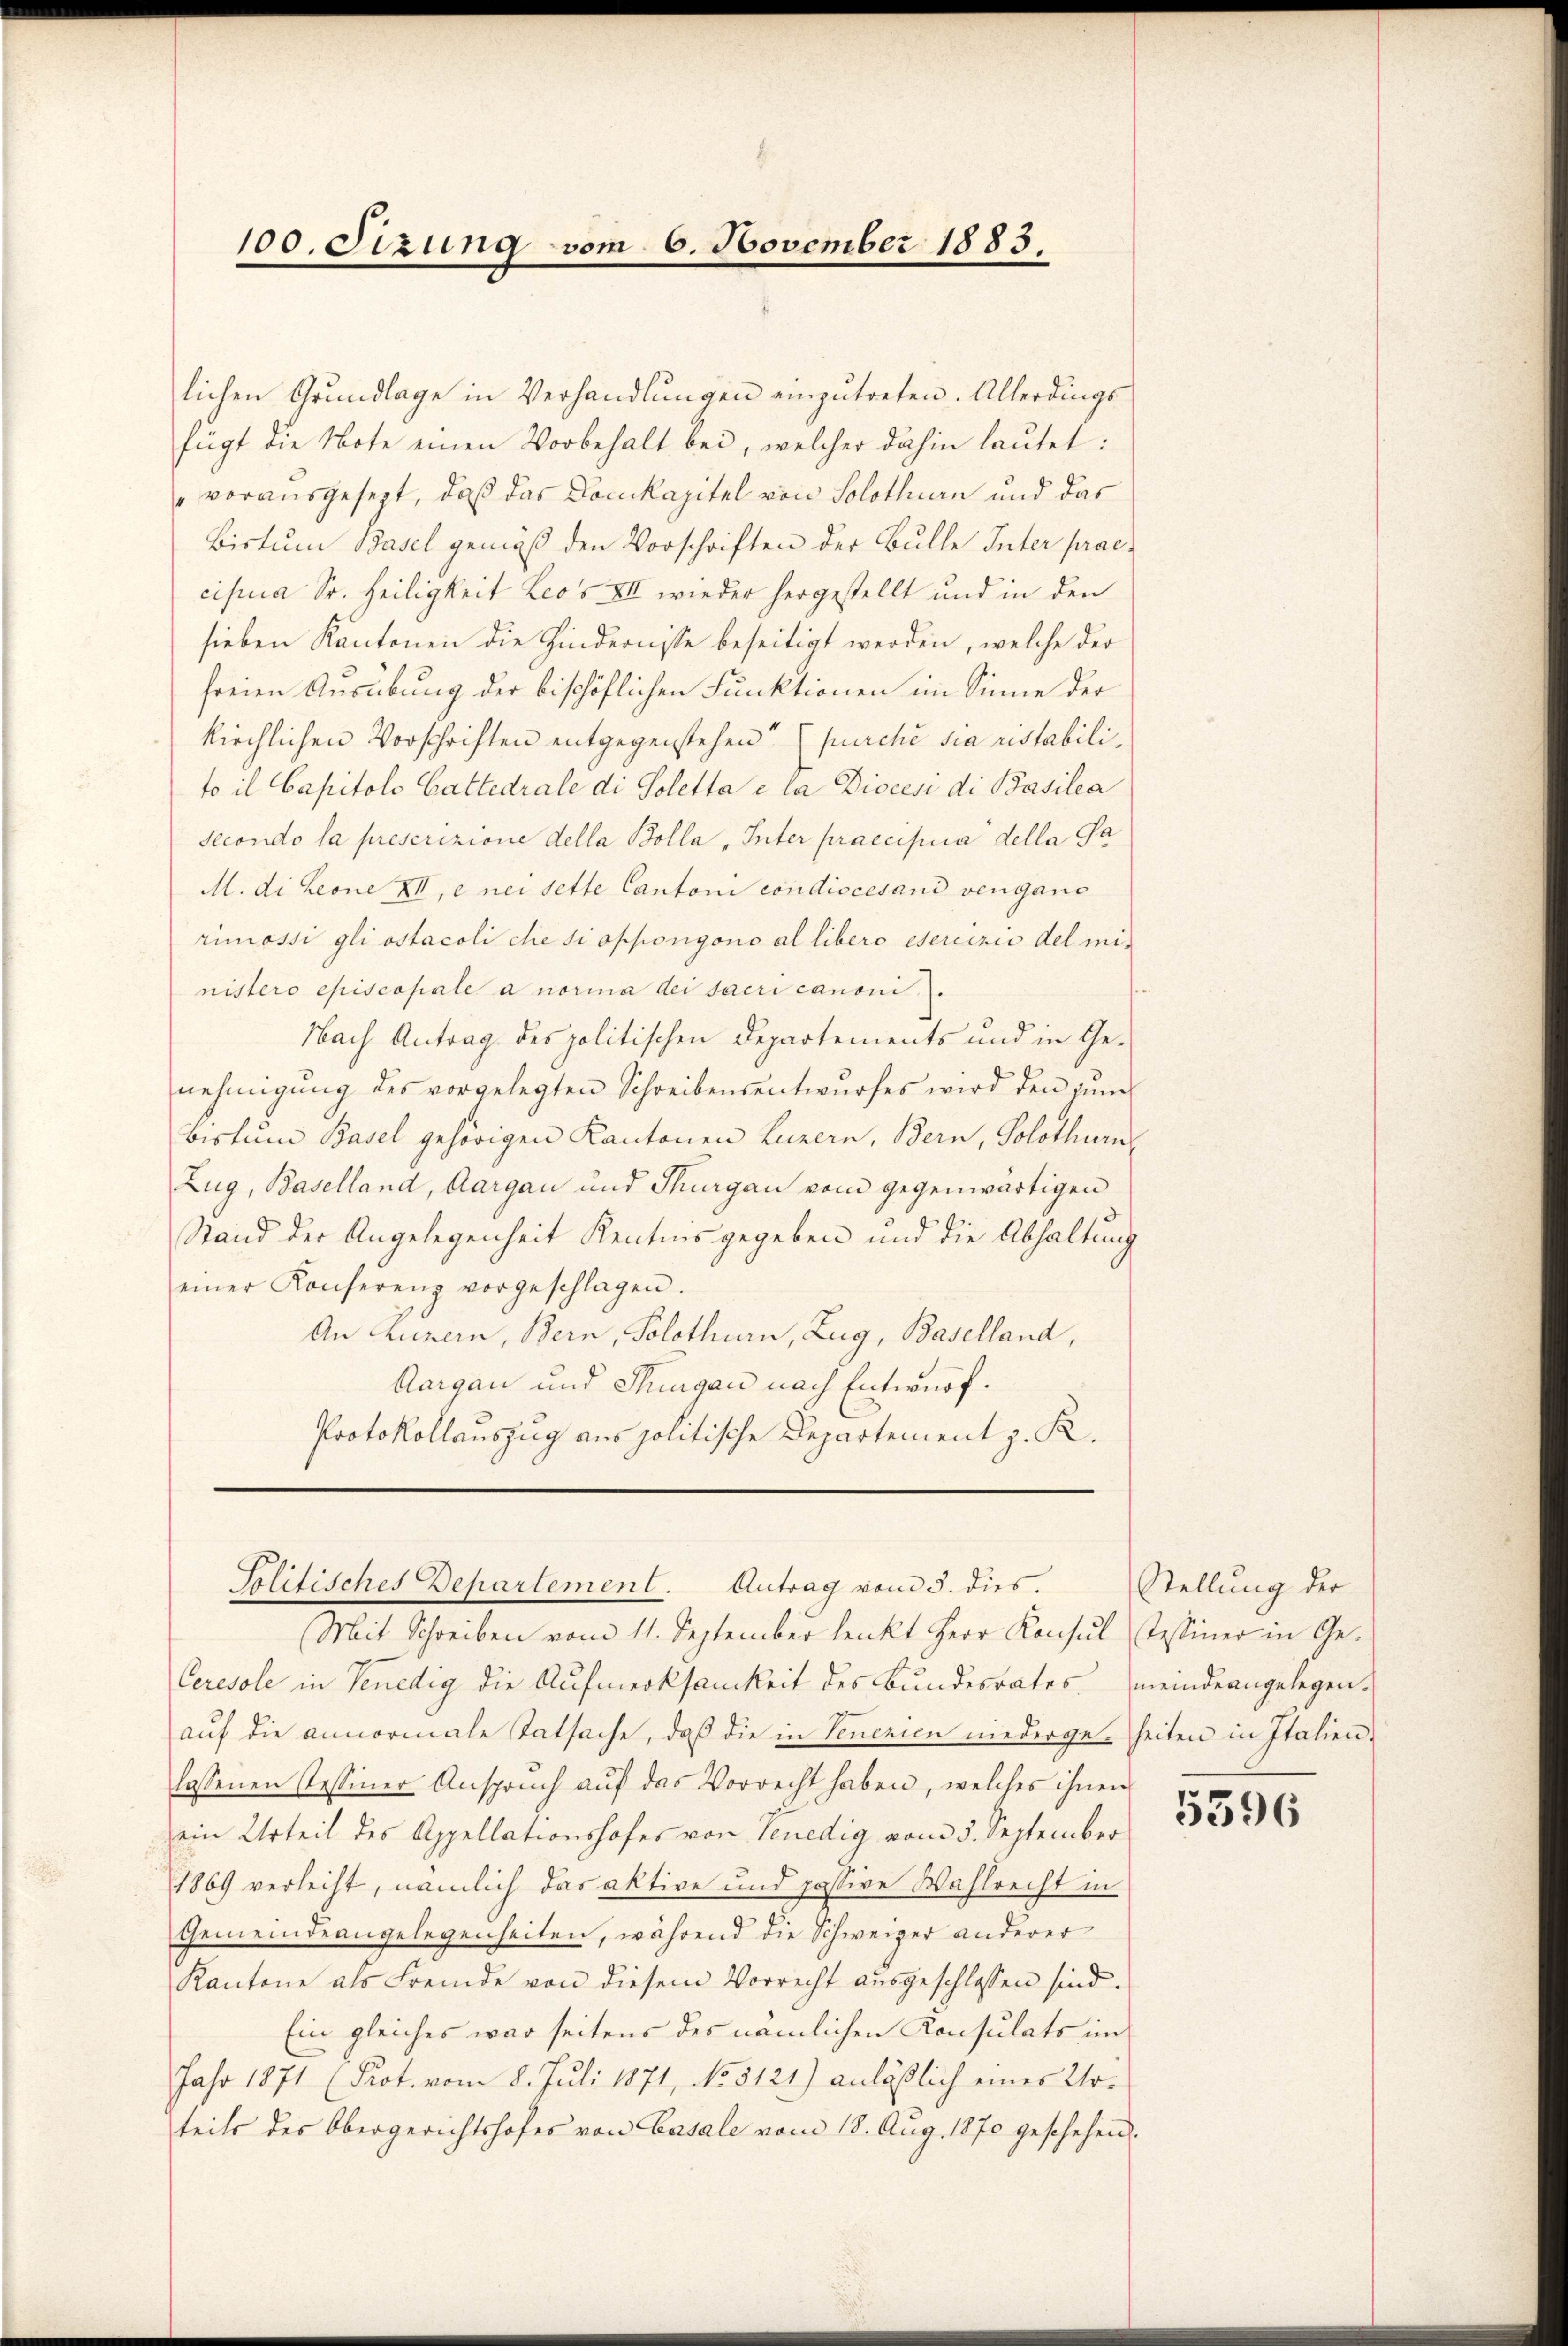
100. Sizung vom 6. November 1883.

lichen Grŭndlage in Verhandlŭngen einzŭtreten. Allerdings
fügt die Note einen Vorbehalt bei, welcher dahin lautet:
vorausgesezt, daß das Domkapitel von Solothurn und das
Bistum Basel gemäß den Vorschriften der Bulle Inter praecipia Sr. Heiligkeit Leos VII wieder hergestellt und in den
sieben Kantonen die Hindernisse beseitigt werden, welche der
freien Ausübung der bischöflichen Funktionen im Sinne der
kirchlichen Vorschriften entgegenstehen“ (purché sia ristabilito il Capitolo Gattedrale di Soletta e la Diocesi di Basilia
Secondo la prescrizione della Bolla, Inter praecipia della Sa
M. di Leone XII, e nei sette Cantoni condiscesand vergans
rimossi gli ostacoli che si oppongono al libero esercizio del ministero episcopale a norma dei sacri canoni.
Nach Antrag des politischen Departements und in Genehmigung des vorgelegten Schreibensentwurfes wird den jun
Bistum Basel gehörigen Kantonen Luzern, Bern, Solothurn
Zug, Baselland, Aargau und Thurgau vom gegenwärtigen
Stand der Angelegenheit Kenntnis gegeben und die Abhaltung
einer Konferenz vorgeschlagen.
An Luzern, Bern, Solothurn, Zug, Baselland,
Aargau und Thurgau nach Entwurf.
Protokollauszug aus politische Departement z. R.

Solitisches Departement. Antrag vom 3. dies.

Mit Schreiben vom 11. September lenkt Herr Konsul Tessiner in Ge¬
Ceresole in Venedig die Aufmerksamkeit des Bundesrates meindeangelegen.
auf die annormale Tatsache, daß die in Venezien niedergeheiten in Italien-
lassenen Tessiner Anspruch auf das Vorrecht haben, welches ihnen
ein Urteil des Appellationshofes von Venedig vom 5. September
1869 verleiht, nämlich das aktive und passive Wahlrecht in
Gemeindeangelegenheiten, während die Schweiger anderer
Kantone als Fremde von diesem Vorrecht ausgeschlossen sind.
Ein gleiches war seitens des nämlichen Konsulats im
Jahr 1871 (Prot. vom 8. Juli 1871, No 5121) anläßlich eines Urteils des Obergerichtshofes von Casale vom 18. Aug. 1870 geschehen.

Stellung der

5596